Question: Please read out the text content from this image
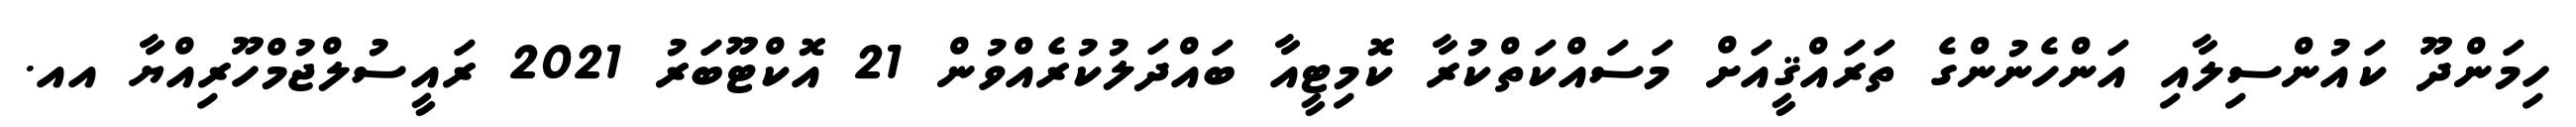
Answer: ހިމަންދޫ ކައުންސިލާއި އަންހެނުންގެ ތަރައްޤީއަށް މަސައްކަތްކުރާ ކޮމިޓީއާ ބައްދަލުކުރެއްވުން 21 އޮކްޓޫބަރު 2021 ރައީސުލްޖުމްހޫރިއްޔާ އއ.